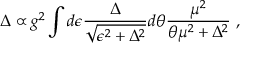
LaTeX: \Delta \propto g ^ { 2 } \int d \epsilon { \frac { \Delta } { \sqrt { \epsilon ^ { 2 } + \Delta ^ { 2 } } } } d \theta { \frac { \mu ^ { 2 } } { \theta \mu ^ { 2 } + \Delta ^ { 2 } } } \ ,